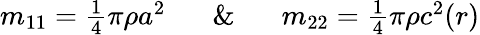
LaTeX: \begin{array}{r}{m_{11}=\frac{1}{4}\pi\rho a^{2}\; \; \; \; \; \; \& \; \; \; \; \; \; m_{22}=\frac{1}{4}\pi\rho c^{2}(r)}\end{array}